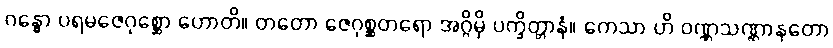
ဂန္ဓော ပရမဇေဂုစ္ဆော ဟောတိ။ တတော ဇေဂုစ္ဆတရော အဂ္ဂိမှိ ပက္ခိတ္တာနံ။ ကေသာ ဟိ ဝဏ္ဏသဏ္ဌာနတော